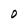
Character: D